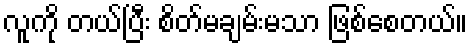
လူကို တယ်ပြီး စိတ်မချမ်းမသာ ဖြစ်စေတယ်။